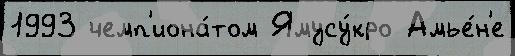
1993 чемп'иона́том Ямусу́кро Амье́н'е